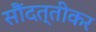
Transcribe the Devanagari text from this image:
सौंदत्तीकर